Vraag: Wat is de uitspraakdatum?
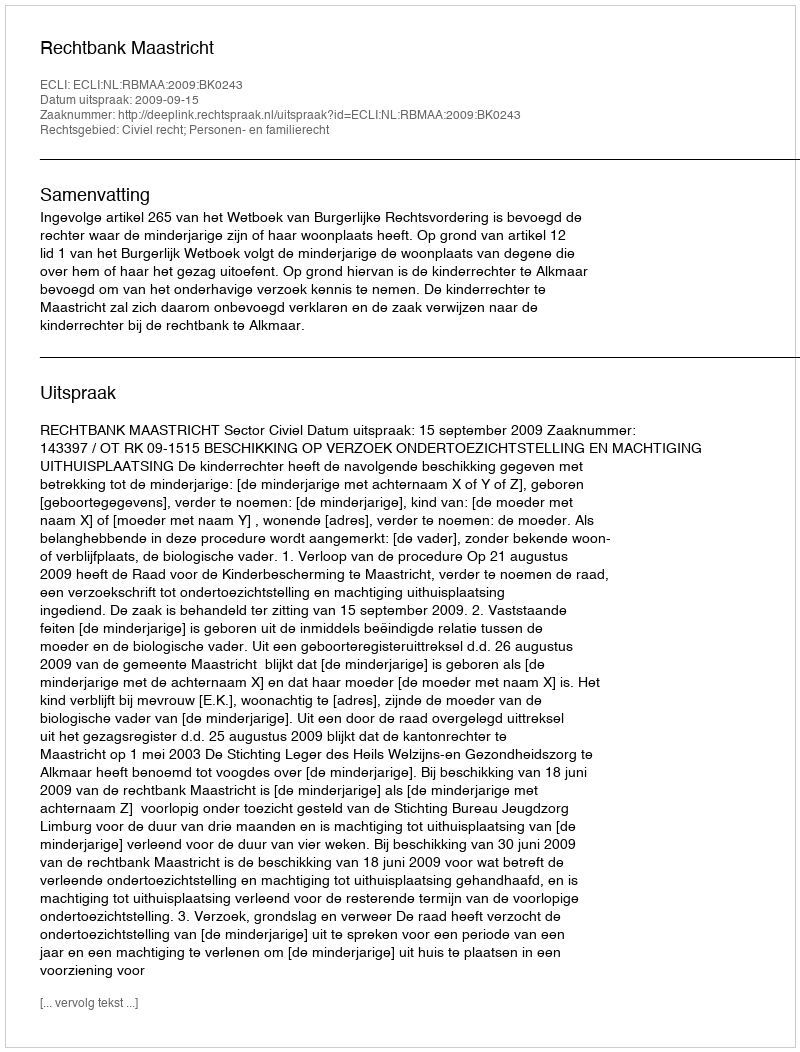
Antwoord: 2009-09-15